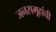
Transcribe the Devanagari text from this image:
जनसमूहांची